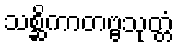
သစ္ဆိကာတဗ္ဗသုတ္တံ